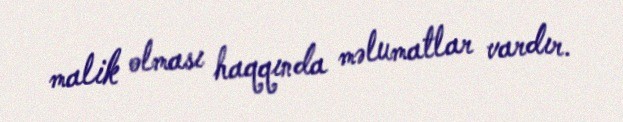
malik olması haqqında məlumatlar vardır.